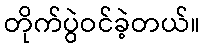
တိုက်ပွဲဝင်ခဲ့တယ်။